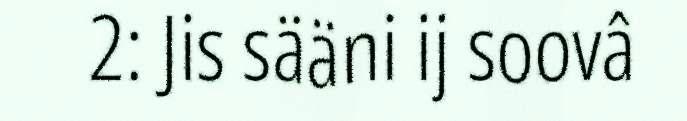
2: Jis sääni ij soovâ